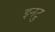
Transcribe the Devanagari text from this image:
इनटु